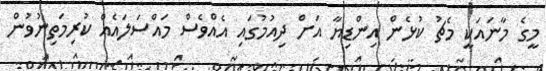
މީގެ މާނައަކީ މެޗު ކުޅެން އިންޑިޔާ އަށް ދިއުމުގައި އެއްވެސް މައްސަލައެއް ކުރިމަތިނުވުން